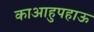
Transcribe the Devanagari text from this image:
काआहुपहाऊ